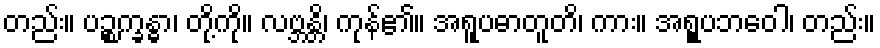
တည်း။ ပဉ္စက္ခန္ဓာ၊ တို့ကို။ လဗ္ဘန္တိ၊ ကုန်၏။ အရူပဓာတူတိ၊ ကား။ အရူုပဘဝေါ၊ တည်း။